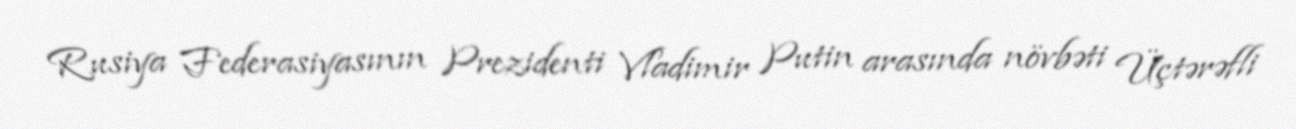
Rusiya Federasiyasının Prezidenti Vladimir Putin arasında növbəti Üçtərəfli